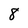
Character: 8